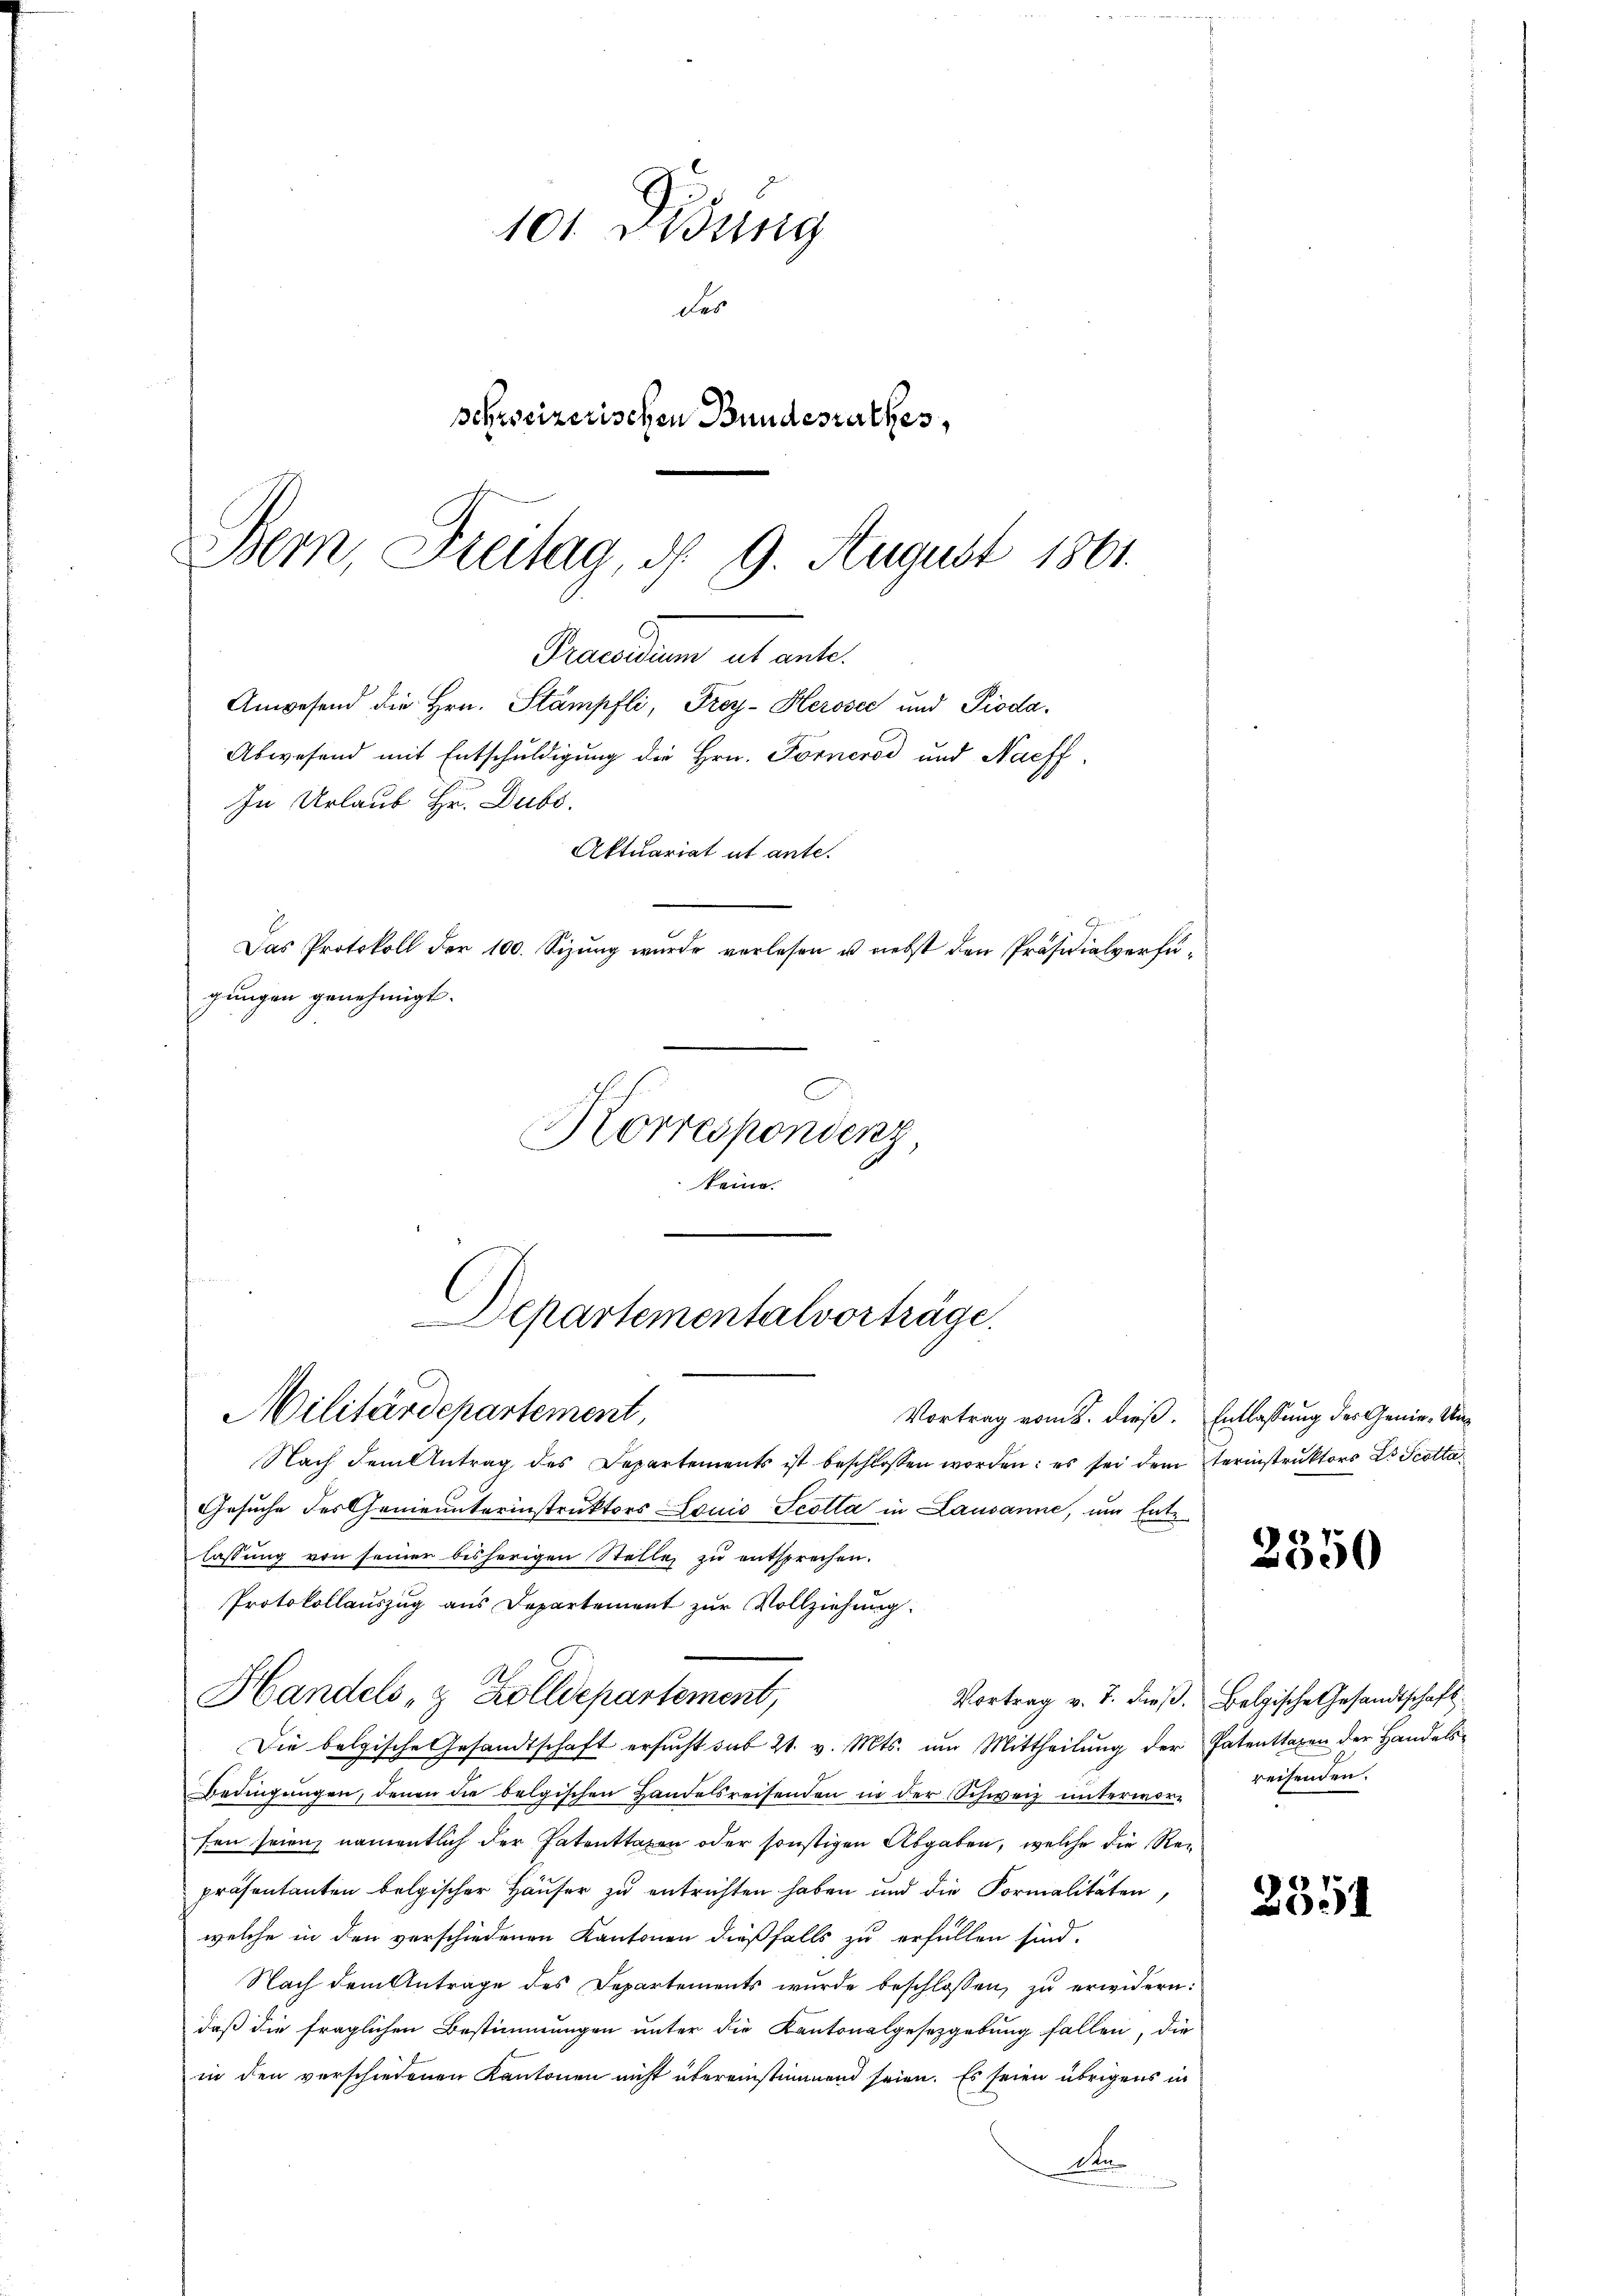
101 Didung
des
schweizerischen Bundesrathes,
Bern, Freitag, d. 9. August 1861.

In Urlaub Hr. Dubo.

Praesidum alt ante.
Anwesend die Hrn. Stämpfli, Frey- Herosec und Pioda¬

keine
Departementalvorträge.
Militärdepartement,
Vortrag vom 2. dieß. Entlassung des Genie, Un¬

Abwesend mit Entschuldigung die Hrn. Fornerod und Nachf
Aktuariat et ante.
Das Protokoll der 100. Sizŭng wurde verlesen u. nebst den Präsidialverfügungen genehmigt.
Korrespondenz

Handels- & Zolldepartement,

Nach dem Antrag des Departements ist beschlossen worden: es sei dem terinstruktors Dr Scotta¬
Gesuche des Genieunterinstruktors Louis Scotta in Lausanne, um Entz
lassung von seiner bisherigen Stelle zu entsprechen.
Protokollauszug aus Departement zur Vollziehung.
Vortrag v. J. dieß. Belgische Gesandtschaft
Die belgische Gesandtschaft ersucht sub 21. v. Mts. um Mittheilung der Patenttaxen der Handels¬
Bedingŭngen, denen die belgischen Handelsreisenden in der Schweiz unterworreisenden.
fen seien, namentlich der Patenttaxen oder sonstigen Abgaben, welche die Repräsentanten belgischer Häuser zu entrichten haben und die Formalitäten,
welche in den verschiedenen Kantonen dießfalls zu erfüllen sind.
Nach dem Antrage des Departements wurde beschlossen, zu erwidern:
daß die fraglichen Bestimmungen unter die Kantonalgesetzgebung fallen, die
in den verschiedenen Kantonen nicht übereinstimmend seien. Es seien übrigens in
At

7
600

2351